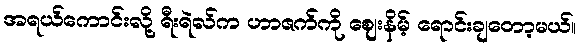
အရယ်ကောင်းလို့ ရီးရဲလ်က ဟာဇက်ကို ဈေးနိမ့် ရောင်းချတော့မယ်။